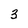
Character: 3